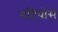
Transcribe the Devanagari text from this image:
मटियोस